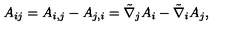
A _ { i j } = A _ { i , j } - A _ { j , i } = \tilde { \nabla } _ { j } A _ { i } - \tilde { \nabla } _ { i } A _ { j } ,